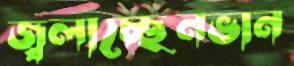
জ্বলাচ্ছেনভান